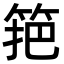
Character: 筢